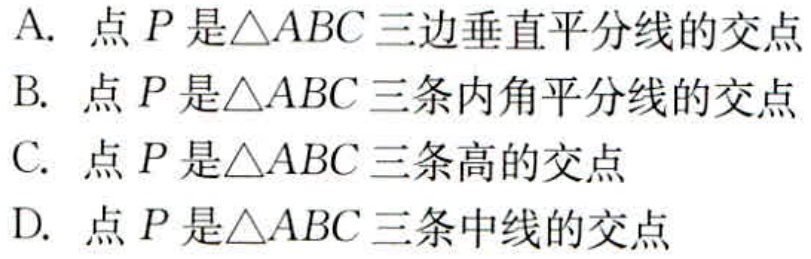
A. 点\(P\)是\(\triangle ABC\)三边垂直平分线的交点
B. 点\(P\)是\(\triangle ABC\)三条内角平分线的交点
C. 点\(P\)是\(\triangle ABC\)三条高的交点
D. 点\(P\)是\(\triangle ABC\)三条中线的交点